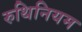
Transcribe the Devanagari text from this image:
रुथिनियम